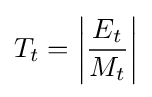
T_{t}=\left|{\frac {E_{t}}{M_{t}}}\right|